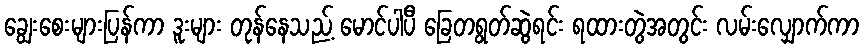
ချွေးစေးများပြန်ကာ ဒူးများ တုန်နေသည့် မောင်ပါပီ ခြေတရွတ်ဆွဲရင်း ရထားတွဲအတွင်း လမ်းလျှောက်ကာ